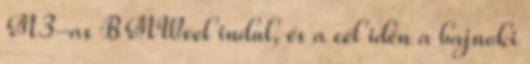
M3-as BMWvel indul, és a cél idén a bajnoki